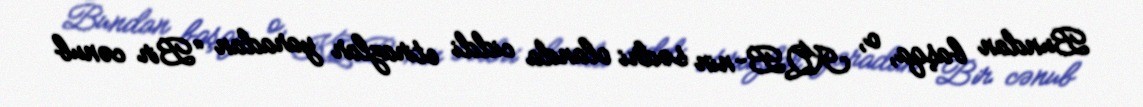
Bundan başqa, o, KQB-nin sədri olanda ciddi etirazlar yaradan “Bir cənub